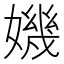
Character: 𡡤